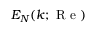
E _ { N } ( k ; \mathrm { ~ R ~ e ~ } )